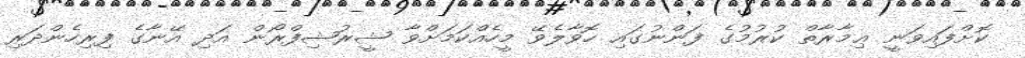
ކޮށްފައިވަނީ ޢިމާރާތް ކުރުމުގެ ފަންނުގައި ހޮވާލެވޭ މީހެއްކަމަށްވާ ޝީރުޝިފްރޯން އަދި އޭނާގެ ފިރިހެންދަރި